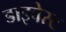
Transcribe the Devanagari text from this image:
डाइवेस्ट